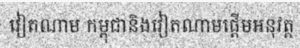
វៀតណាម កម្ពុជានិងវៀតណាមផ្តើមអនុវត្ត